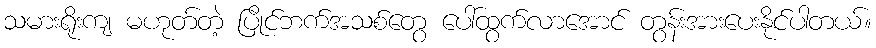
သမားရိုးကျ မဟုတ်တဲ့ ပြိုင်ဘက်အသစ်တွေ ပေါ်ထွက်လာအောင် တွန်းအားပေးနိုင်ပါတယ်။